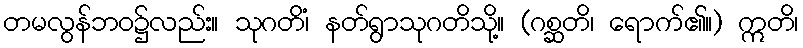
တမလွန်ဘဝ၌လည်း။ သုဂတိံ၊ နတ်ရွာသုဂတိသို့။ (ဂစ္ဆတိ၊ ရောက်၏။) ဣတိ၊